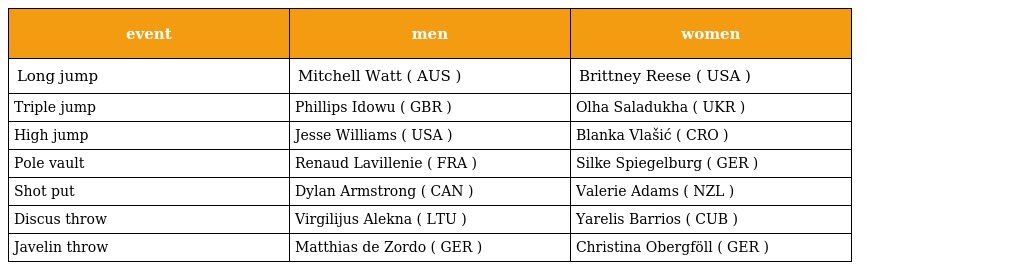
| event | men | women |
 | --- | --- | --- |
 | Long jump | Mitchell Watt ( AUS ) | Brittney Reese ( USA ) |
 | Triple jump | Phillips Idowu ( GBR ) | Olha Saladukha ( UKR ) |
 | High jump | Jesse Williams ( USA ) | Blanka Vlašić ( CRO ) |
 | Pole vault | Renaud Lavillenie ( FRA ) | Silke Spiegelburg ( GER ) |
 | Shot put | Dylan Armstrong ( CAN ) | Valerie Adams ( NZL ) |
 | Discus throw | Virgilijus Alekna ( LTU ) | Yarelis Barrios ( CUB ) |
 | Javelin throw | Matthias de Zordo ( GER ) | Christina Obergföll ( GER ) |